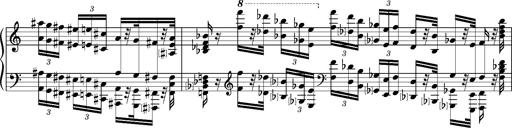
Title: Introduction des Variations sur une marche du SiÃ¨ge de Corinthe, S.421a
Composer: Franz Liszt
Key: F minor